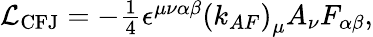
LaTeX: \begin{array}{r}{\mathrm{{\mathcal{L}_{CFJ}}}=-\frac{1}{4}\epsilon^{\mu\nu\alpha\beta}\left(k_{AF}\right)_{\mu}A_{\nu}F_{\alpha\beta},}\end{array}